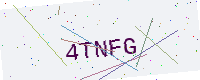
Text: 4TNFG